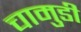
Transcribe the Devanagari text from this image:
चामुडी